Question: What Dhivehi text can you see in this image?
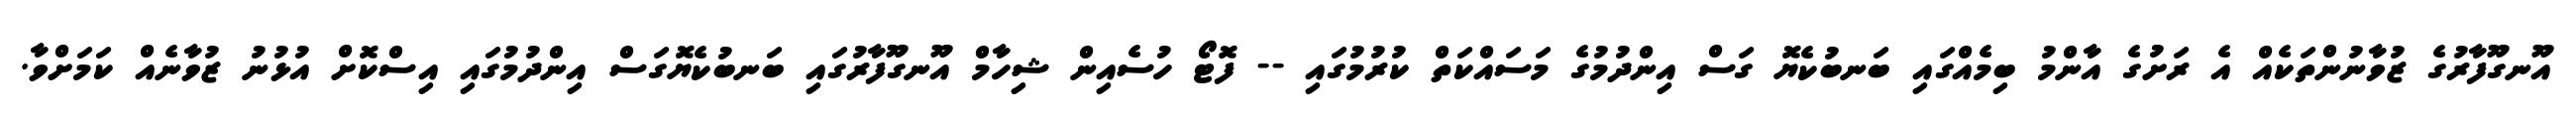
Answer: އޫނގޫފާރުގެ ޒުވާނުންތަކެއް އެ ރަށުގެ އާންމު ބިމެއްގައި ބަނބުކެޔޮ ގަސް އިންދުމުގެ މަސައްކަތް ކުރުމުގައި -- ފޮޓޯ ހުސެއިން ޝިހާމް އޫނގޫފާރުގައި ބަނބުކެޔޮގަސް އިންދުމުގައި އިސްކޮށް އުޅުނު ޒުވާނެއް ކަމަށްވާ.